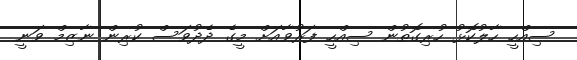
ސިއްހީ ހާލުކޮޅު ހުރިގޮތުން ސިއްހީ ފަރުވާއަށް މީގެ ދެދުވަސް ކުރިން ނާޒިމް ވަނީ